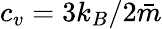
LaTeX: c_{v}=3k_{B}/2\bar{m}